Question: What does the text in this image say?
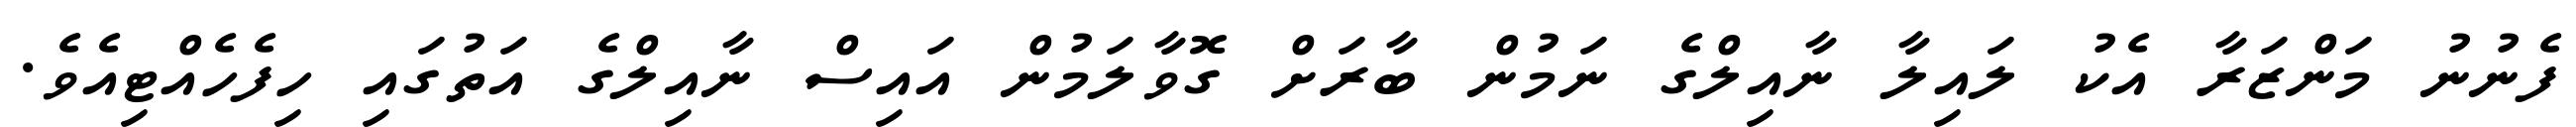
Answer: ފެނުނު މަންޒަރާ އެކު ލައިލާ ނާއިލްގެ ނަމުން ބާރަށް ގޮވާލަމުން އައިސް ނާއިލްގެ އަތުގައި ހިފެހެއްޓިއެވެ.